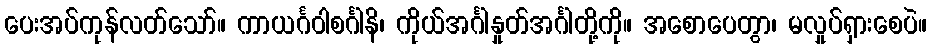
ပေးအပ်ကုန်လတ်သော်။ ကာယင်္ဂဝါစင်္ဂါနိ၊ ကိုယ်အင်္ဂါနှုတ်အင်္ဂါတို့ကို။ အစောပေတွာ၊ မလှုပ်ရှားစေပဲ။